Lunatic asylums Punjab 1868-1880 - 1868-1880
Year: 1868
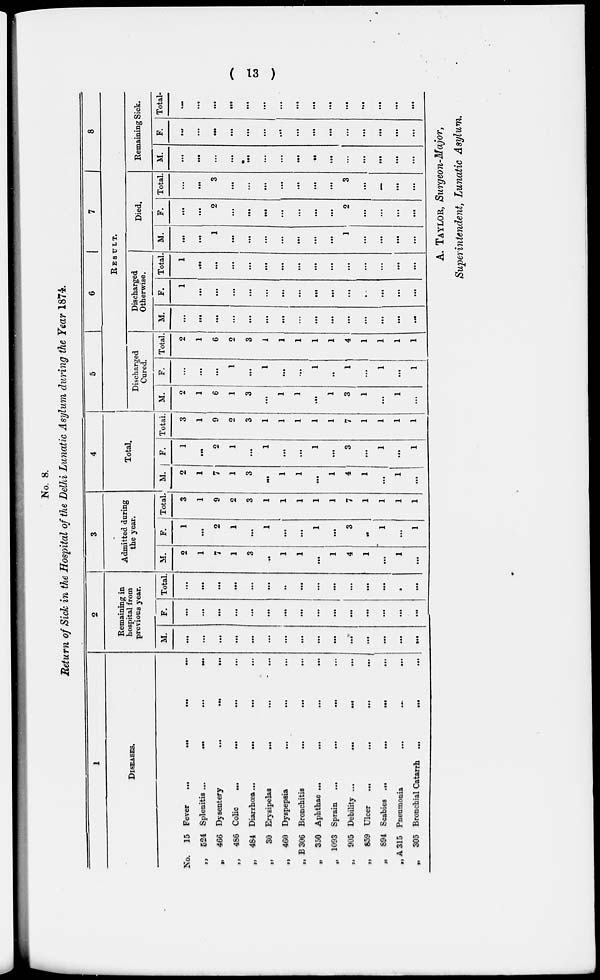
( 13 )
No. 8.
Return of Sick in the Hospital of the Delhi Lunatic Asylum during the Year 1874.
1
DISEASES.
No. 15
„
524
„
466
„
486
„
464
„
30
„
460
,. B306
„
350
„ 1093
„
905
„
859
„
894
„A315
„
305
Fever
...
...
...
...
Splenitis ...
...
...
...
Dysentery
...
...
...
...
Colic
...
...
...
...
Diarrhœa ...
...
...
...
Erysipelas
...
...
...
Dyspepsia
...
... ...
Bronchitis
...
...
...
Aphthae ...
...
...
...
Sprain
...
...
...
...
Debility ...
...
...
...
Ulcer
...
...
...
...
Scabies
...
...
...
...
Pneumonia ... ... ...
Bronchial Catarrh ... ... ...
2
Remaining in
hospital from
previous year.
M.
...
...
...
...
...
...
...
...
...
...
...
...
...
...
...
F.
...
...
...
...
...
...
...
...
...
...
...
...
...
...
...
Total.
...
...
...
...
...
...
...
...
...
...
...
...
...
...
...
3
Admitted during
the year.
M.
2
1
7
1
3
...
1
1
...
1
4
1
...
1
...
F.
1
...
2
1
...
1
...
...
1
...
3
...
1
...
1
Total.
3
1
9
2
3
1
1
1
1
1
7
1
1
1
1
4
Total.
M.
2
1
7
1
3
...
1
1
...
1
4
1
...
1
...
F.
1
...
2
1
...
1
...
...
1
...
3
...
1
...
1
Total.
3
1
9
2
3
1
1
1
1
1
7
1
1
1
1
5
6
7
8
RESULT.
Discharged
Cured.
M.
2
1
6
1
3
...
1
1
...
1
3
1
...
1
...
F.
...
...
...
1
...
1
...
...
1
...
1
...
1
...
1
Total.
2
1
6
2
3
1
1
1
1
1
4
1
1
1
1
Discharged
Otherwise.
M.
...
...
...
...
...
...
...
...
...
...
...
...
...
...
...
F.
1
...
...
...
...
...
...
...
...
...
...
...
...
...
...
Total.
1
...
...
...
...
...
...
...
...
...
...
...
...
...
...
Died.
M.
...
...
1
...
...
...
...
...
...
...
1
...
...
...
...
F.
...
...
2
...
...
...
...
...
...
...
2
...
...
...
...
Total.
...
...
3
...
...
...
...
...
...
...
3
...
...
...
...
Remaining Sick.
M.
...
...
...
...
...
...
...
...
...
...
...
...
...
...
...
...
F.
...
...
...
...
...
...
...
...
...
...
...
...
...
...
...
Total-
...
...
...
...
...
...
...
...
...
...
...
...
...
...
...
A. TAYLOR, Surgeon-Major,
Superintendent, Lunatic Asylum.